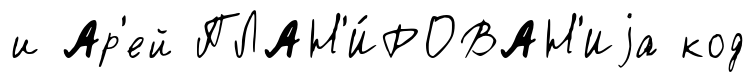
и Ар'ей ПЛАН'И́РОВАН'Иjа код